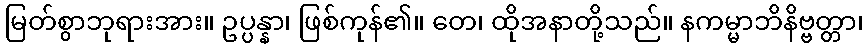
မြတ်စွာဘုရားအား။ ဥပ္ပန္နာ၊ ဖြစ်ကုန်၏။ တေ၊ ထိုအနာတို့သည်။ နကမ္မာဘိနိဗ္ဗတ္တာ၊